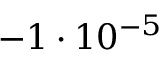
- 1 \cdot 1 0 ^ { - 5 }